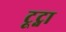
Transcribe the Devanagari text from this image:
टूट्ना